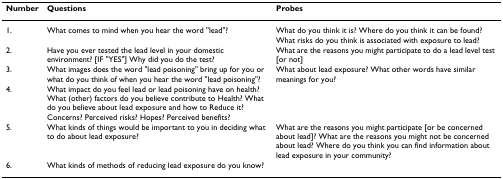
<table><thead><tr><td><b>Number</b></td><td><b>Questions</b></td><td><b>Probes</b></td></tr></thead><tbody><tr><td>1.</td><td>What comes to mind when you hear the word &quot;lead&quot;?</td><td>What do you think it is? Where do you think it can be found? What risks do you think is associated with exposure to lead?</td></tr><tr><td>2.</td><td>Have you ever tested the lead level in your domestic environment? [IF &quot;YES&quot;] Why did you do the test?</td><td>What are the reasons you might participate to do a lead level test [or not]</td></tr><tr><td>3.</td><td>What images does the word &quot;lead poisoning&quot; bring up for you or what do you think of when you hear the word &quot;lead poisoning&quot;?</td><td>What about lead exposure? What other words have similar meanings for you?</td></tr><tr><td>4.</td><td>What impact do you feel lead or lead poisoning have on health? What (other) factors do you believe contribute to Health? What do you believe about lead exposure and how to Reduce it? Concerns? Perceived risks? Hopes? Perceived benefits?</td><td></td></tr><tr><td>5.</td><td>What kinds of things would be important to you in deciding what to do about lead exposure?</td><td>What are the reasons you might participate [or be concerned about lead]? What are the reasons you might not be concerned about lead? Where do you think you can find information about lead exposure in your community?</td></tr><tr><td>6.</td><td>What kinds of methods of reducing lead exposure do you know?</td><td></td></tr></tbody></table>